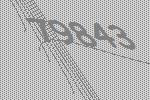
79843